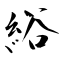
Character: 綌